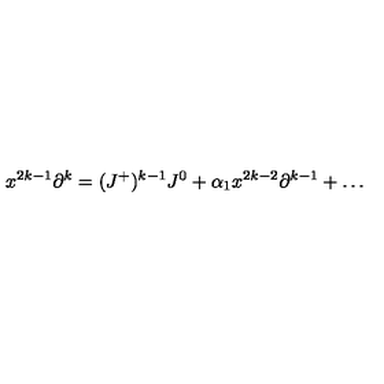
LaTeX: x ^ { 2 k - 1 } \partial ^ { k } = ( J ^ { + } ) ^ { k - 1 } J ^ { 0 } + \alpha _ { 1 } x ^ { 2 k - 2 } \partial ^ { k - 1 } + \dots